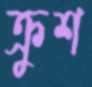
ক্রুশ